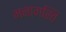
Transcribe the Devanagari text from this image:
मनागस्ति